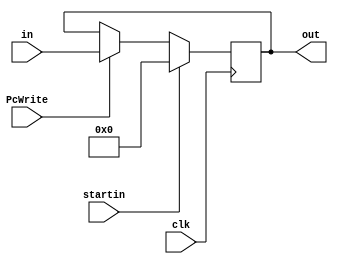
module PC(out, in, PcWrite, clk, startin);
	input [31:0] in;
	input startin, clk, PcWrite;
	output reg [31:0] out;
	
	always @(posedge clk) begin
		
		if(startin) begin
		
			out <= 32'b0;
		end else begin
			
			if(PcWrite)
				out <= in;
		end
	end

endmodule